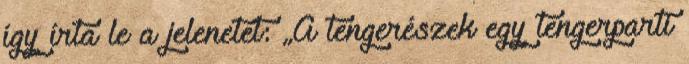
így írta le a jelenetet: „A tengerészek egy tengerparti